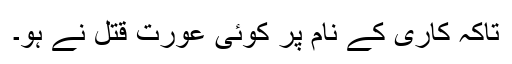
تاکہ کاری کے نام پر کوئی عورت قتل نے ہو۔